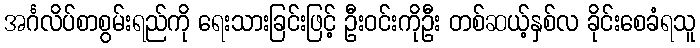
အင်္ဂလိပ်စာစွမ်းရည်ကို ရေးသားခြင်းဖြင့် ဦးဝင်းကိုဦး တစ်ဆယ့်နှစ်လ ခိုင်းစေခံရသူ